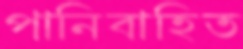
পানিবাহিত